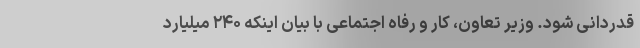
قدردانی شود. وزیر تعاون، کار و رفاه اجتماعی با بیان اینکه ۲۴۰ میلیارد